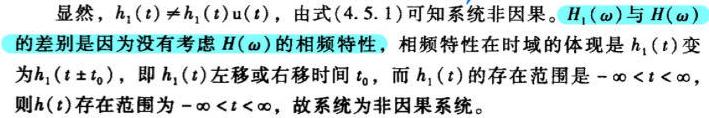
显然，$h_{1}(t)\neq h_{1}(t)u(t)$，由式(4.5.1)可知系统非因果。$H_{1}(\omega)$与$H(\omega)$的差别是因为没有考虑$H(\omega)$的相频特性，相频特性在时域的体现是$h_{1}(t)$变为$h_{1}(t\pm t_{0})$，即$h_{1}(t)$左移或右移时间$t_{0}$，而$h_{1}(t)$的存在范围是$-\infty < t < \infty$，则$h(t)$存在范围为$-\infty < t < \infty$，故系统为非因果系统。